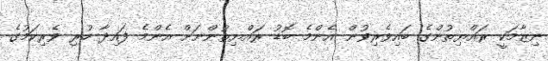
ނިޒާމަކީ ރައްޔިތުންގެ ބައިވެރިވުން އެންމެ ބޮޑު ރައްޔިތުންނަށް އެންމެ ފައިދާ ހުރި ވެރިކަމުގެ